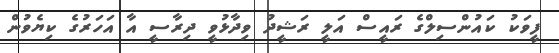
ފީވަކު ކައުންސިލްގެ ރައީސް އަލީ ރަޝީދު ވިދާޅުވީ ދިރާސީ އާ އަހަރުގެ ކިޔެވުން